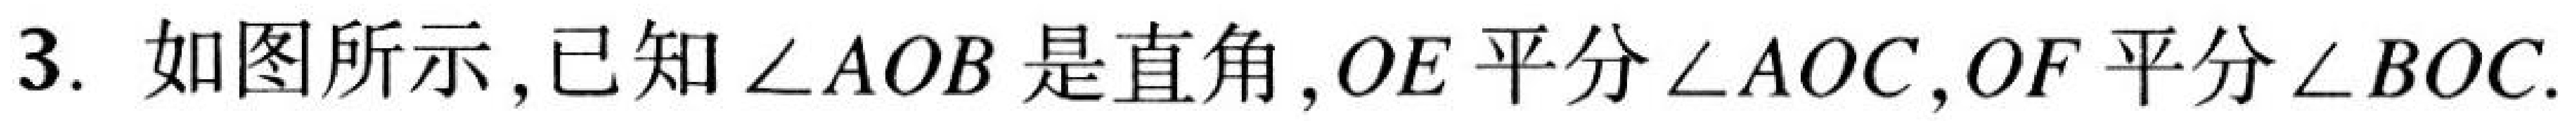
3. 如图所示,已知$\angle AOB$是直角,$OE$平分$\angle AOC$,$OF$平分$\angle BOC$.